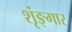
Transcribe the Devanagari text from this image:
शृंङ्गार